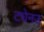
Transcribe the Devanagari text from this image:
ट्येनउ